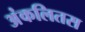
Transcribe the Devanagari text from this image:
अंकलितस